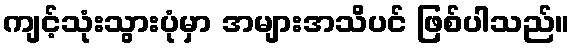
ကျင့်သုံးသွားပုံမှာ အများအသိပင် ဖြစ်ပါသည်။